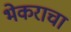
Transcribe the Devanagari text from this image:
भेकराचा